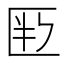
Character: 𠤶